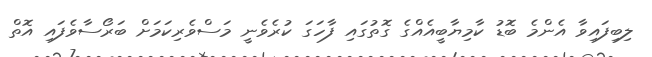
ލިބިފައިވާ އެންމެ ބޮޑު ކާމިޔާބީއެއްގެ ގޮތުގައި ފާހަގަ ކުރެވެނީ މަސްވެރިކަމަށް ބަރޯސާވެފައި އޮތް